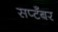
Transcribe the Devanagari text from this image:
सप्टँबर